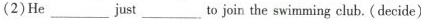
(2)He ___ just ___ to join the swimming club. (decide)